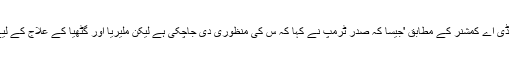
ایف ڈی اے کمشنر کے مطابق 'جیسا کہ صدر ٹرمپ نے کہا کہ س کی منظوری دی جاچکی ہے لیکن ملیریا اور گٹھیا کے علاج کے لیے '۔